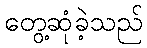
တွေ့ဆုံခဲ့သည်